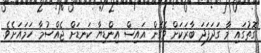
ގޮތުގައި މާ ގަދަފަދަ ބާރަކަށް ވެގެން އައިސް އިންޑިޔާ ކަނޑަށް ޖެއްސުމާ ހަމައަށެވެ.